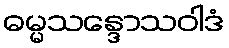
ဓမ္မသန္ဒောသဝါဒံ